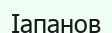
Іапанов